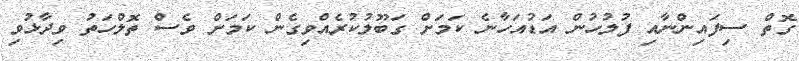
ގޮތް ސިފައިންނާއި ފުލުހުން އަޑުއަހާނެ ކަމަށް ގަބޫލުކުރެއްވިގެން ކަމަށް ވެސް ތޮލްހަތު ވިދާޅުވި